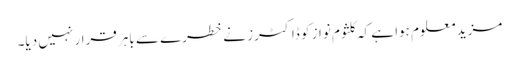
مزید معلوم ہوا ہے کہ کلثوم نواز کو ڈاکٹرز نے خطرے سے باہر قرار نہیں دیا۔